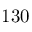
1 3 0